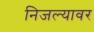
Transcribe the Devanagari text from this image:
निजल्यावर